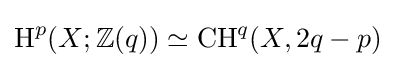
\operatorname {H} ^{p}(X;\mathbb {Z} (q))\simeq \operatorname {CH} ^{q}(X,2q-p)